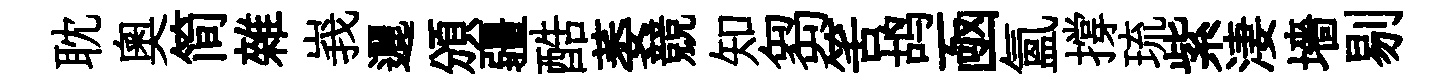
耽奧简雜峩邐頒疆酷萎競知芻筈鸪凾氳撐琉紫淒墻剔